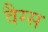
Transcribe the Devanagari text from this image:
वैग्स